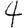
Digit: 4